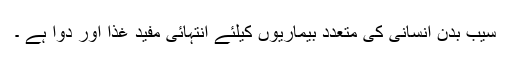
سیب بدن انسانی کی متعدد بیماریوں کیلئے انتہائی مفید غذا اور دوا ہے ۔